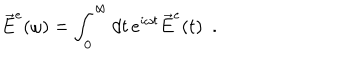
\vec { E } ^ { e } ( \omega ) = \int _ { 0 } ^ { \infty } d t \, e ^ { i \omega t } \vec { E } ^ { e } ( t ) ~ ~ .